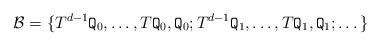
LaTeX: \begin{align*} \mathcal{B}=\{ T^{d-1}{\tt Q}_{0}, \dots , T{\tt Q}_{0}, {\tt Q}_{0} ; T^{d-1}{\tt Q}_{1}, \dots , T{\tt Q}_{1}, {\tt Q}_{1};\dots \}\end{align*}